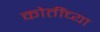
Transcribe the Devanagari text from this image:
कोतींच्या